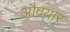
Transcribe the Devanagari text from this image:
औवयार